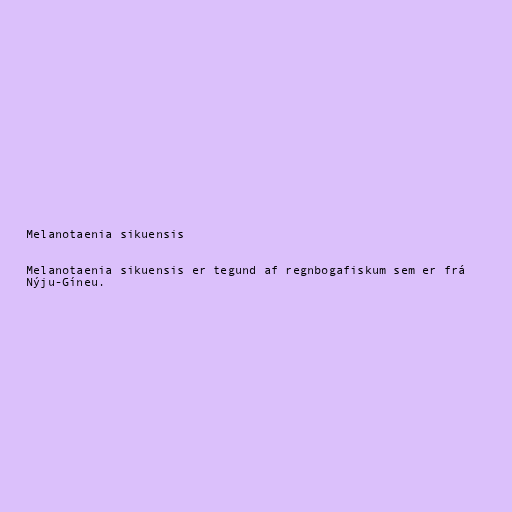
Melanotaenia sikuensis

Melanotaenia sikuensis er tegund af regnbogafiskum sem er frá
Nýju-Gíneu.